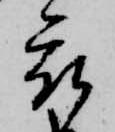
被